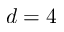
d = 4